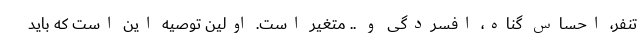
تنفر، احساس گناه، افسردگی و .. متغیر است. اولین توصیه این است که باید